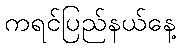
ကရင်ပြည်နယ်နေ့